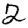
Digit: 2